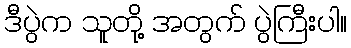
ဒီပွဲက သူတို့ အတွက် ပွဲကြီးပါ။